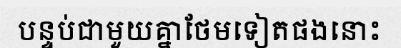
បន្ទប់ជាមួយគ្នាថែមទៀតផងនោះ